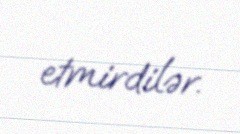
etmirdilər.